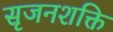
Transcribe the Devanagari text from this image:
सृजनशक्ति